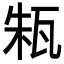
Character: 㼡